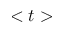
< t >